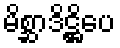
မိစ္ဆာဒိဋ္ဌိပေ